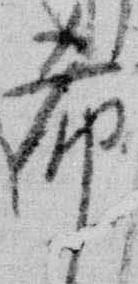
希